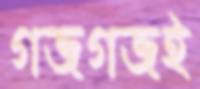
গজগজই